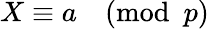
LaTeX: X\equiv a{\pmod{p}}